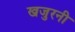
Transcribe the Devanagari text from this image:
खजुरनी